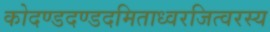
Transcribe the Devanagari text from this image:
कोदण्डदण्डदमिताध्वरजित्वरस्य